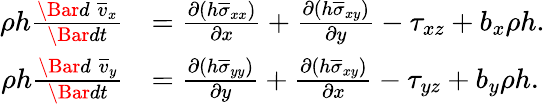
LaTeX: \begin{array}{rl}{\rho h\frac{\Bar{d}\; \overline{{v}}_{x}}{\Bar{dt}}}&{=\frac{\partial(h\overline{{\sigma}}_{xx})}{\partial x}+\frac{\partial(h\overline{{\sigma}}_{xy})}{\partial y}-\tau_{xz}+b_{x}\rho h.}\\ {\rho h\frac{\Bar{d}\; \overline{{v}}_{y}}{\Bar{dt}}}&{=\frac{\partial(h\overline{{\sigma}}_{yy})}{\partial y}+\frac{\partial(h\overline{{\sigma}}_{xy})}{\partial x}-\tau_{yz}+b_{y}\rho h.}\end{array}